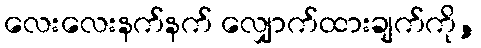
လေးလေးနက်နက် လျှောက်ထားချက်ကို,